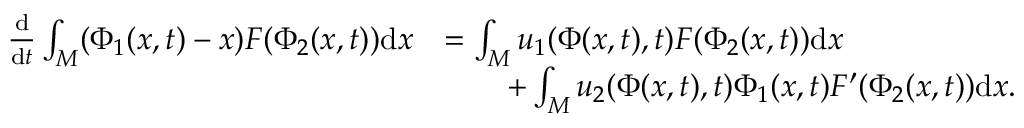
\begin{array} { r l } { \frac { \mathrm { d } } { \mathrm { d } t } \int _ { M } ( \Phi _ { 1 } ( x , t ) - x ) F ( \Phi _ { 2 } ( x , t ) ) \mathrm { d } x } & { = \int _ { M } u _ { 1 } ( \Phi ( x , t ) , t ) F ( \Phi _ { 2 } ( x , t ) ) \mathrm { d } x } \\ & { \qquad + \int _ { M } u _ { 2 } ( \Phi ( x , t ) , t ) \Phi _ { 1 } ( x , t ) F ^ { \prime } ( \Phi _ { 2 } ( x , t ) ) \mathrm { d } x . } \end{array}